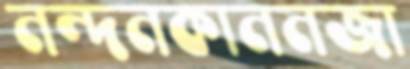
নন্দনকাননজা